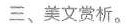
三、美文赏析。